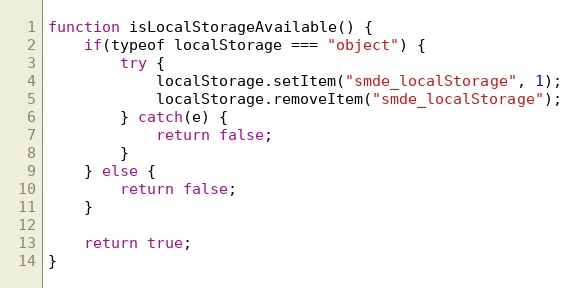
Language: JavaScript
function isLocalStorageAvailable() {
	if(typeof localStorage === "object") {
		try {
			localStorage.setItem("smde_localStorage", 1);
			localStorage.removeItem("smde_localStorage");
		} catch(e) {
			return false;
		}
	} else {
		return false;
	}

	return true;
}